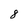
Character: 8